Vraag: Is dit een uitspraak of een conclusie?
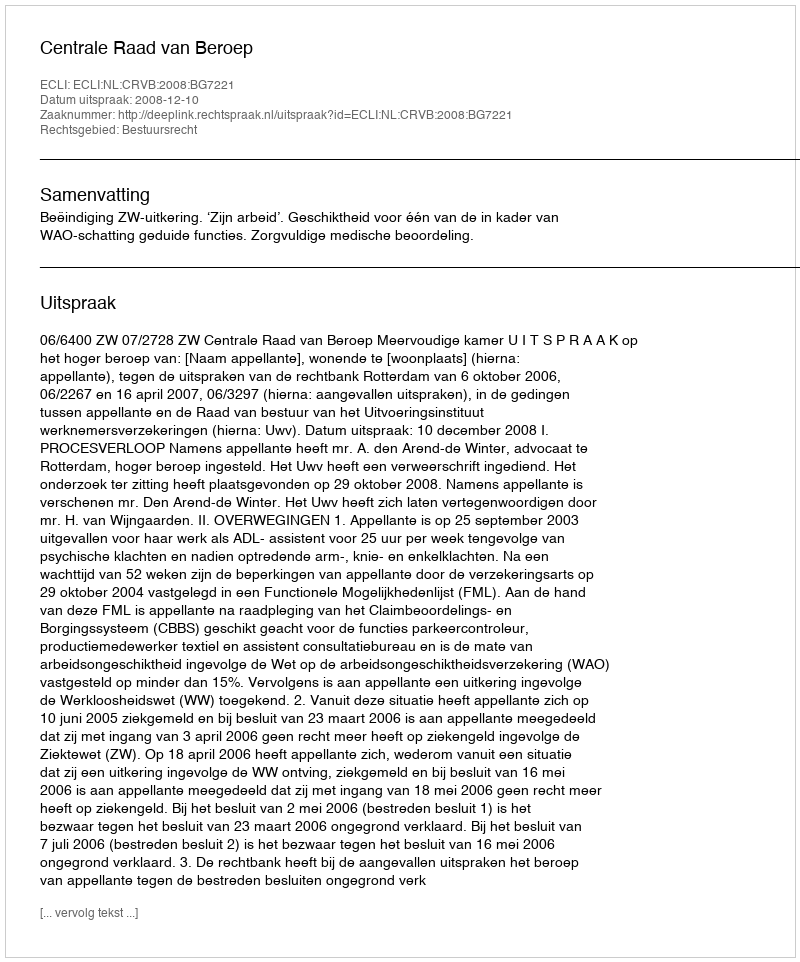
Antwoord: Uitspraak